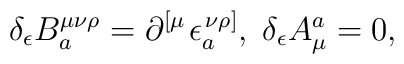
\delta _\epsilon B_a^{\mu \nu \rho }=\partial _{}^{\left[ \mu\right. }\epsilon _a^{\left. \nu \rho \right] },\;\delta _\epsilon A_\mu^a=0,